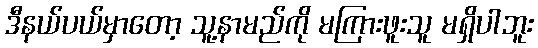
ဒီနယ်ပယ်မှာတော့ သူ့နာမည်ကို မကြားဖူးသူ မရှိပါဘူး